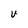
Character: u